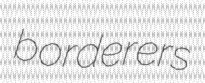
borderers